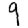
Digit: 9